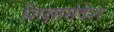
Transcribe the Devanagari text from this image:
शिक्षासंदेश